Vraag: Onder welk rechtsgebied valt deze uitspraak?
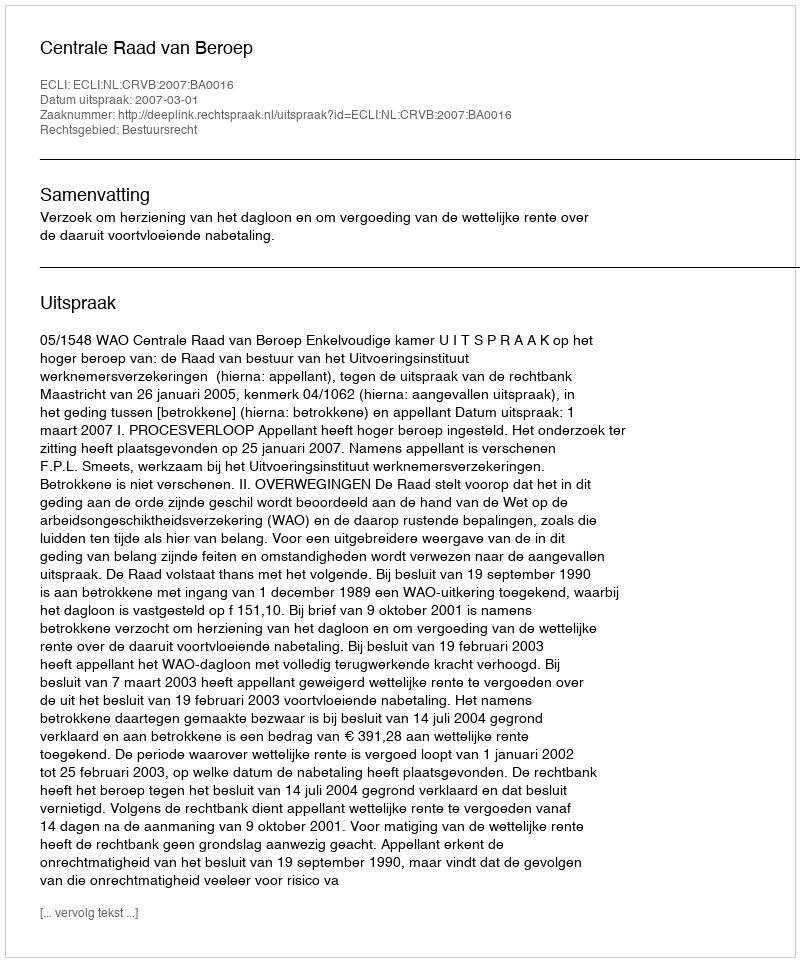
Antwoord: Bestuursrecht